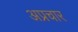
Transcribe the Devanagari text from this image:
अप्रचार